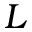
L